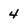
Character: 4